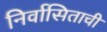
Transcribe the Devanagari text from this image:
निर्वासिताची